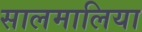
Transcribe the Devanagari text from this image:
सालमालिया